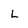
Character: L